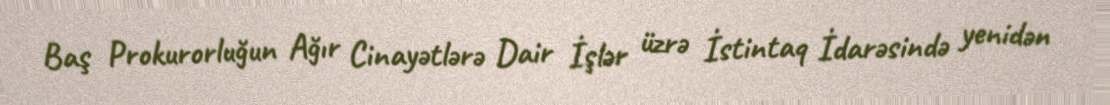
Baş Prokurorluğun Ağır Cinayətlərə Dair İşlər üzrə İstintaq İdarəsində yenidən